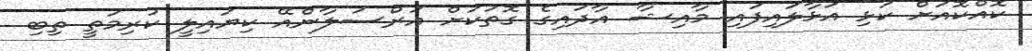
ކޮއްކޮއަށް ކަޅި އަޅާލައިފައި މާއިޝާ އާދައިގެ ގޮތަކަށް އަރްސަލާންއޭ ކިޔައިލީ ކުރިމަތީ ތިބި